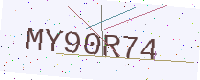
Text: MY90R74